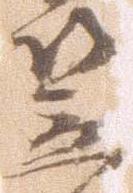
笠